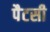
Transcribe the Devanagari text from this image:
पैटसी